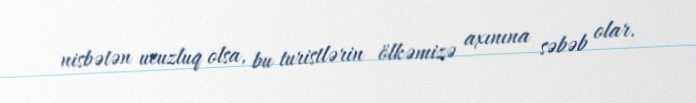
nisbətən ucuzluq olsa, bu turistlərin ölkəmizə axınına səbəb olar.